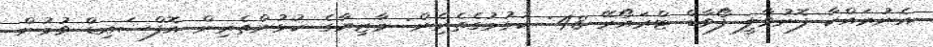
އެނުރައްކާ ފޮނުވާލީ ފޯވާޑް ޓްރައޯރޭ 48: ކުޅުމުގެތެރެިން: މާޒިޔާގެ ކުޅުންތެރިން އޮފްސައިޑް ވުމުން